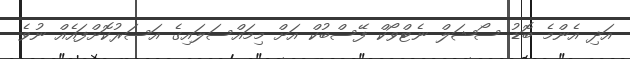
އަދި އެންމެ ބޮޑު ސޯޝަލް ނެޓްވޯކް ފޭސްބުކް އަށް މިމައްސަލައިގެ އަސަރުކޮށްފައެއް ނުވެ